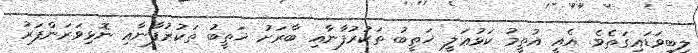
ލިބިވަޑައިގަތެވެ. އެއީ އުތީމު ކަޅުޢަލީ ޚަތީބު ތަކުރުފާނާއި ބާރަށު ޚަތީބު ތަކުރުފާނާއި ނޮޅިވަރަންފަރު